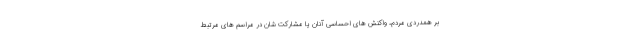
بر همدردی مردم، واکنش های احساسی آنان یا مشارکت شان در مراسم های مرتبط